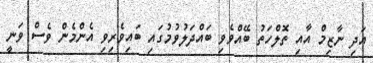
އަދި ނާޒިމް އާއި ތޮލްހަތު ބޭއްވެވި ބައްދަލުވުމުގައި ބައިވެރިވި އެންމެން ވެސް ވަނީ